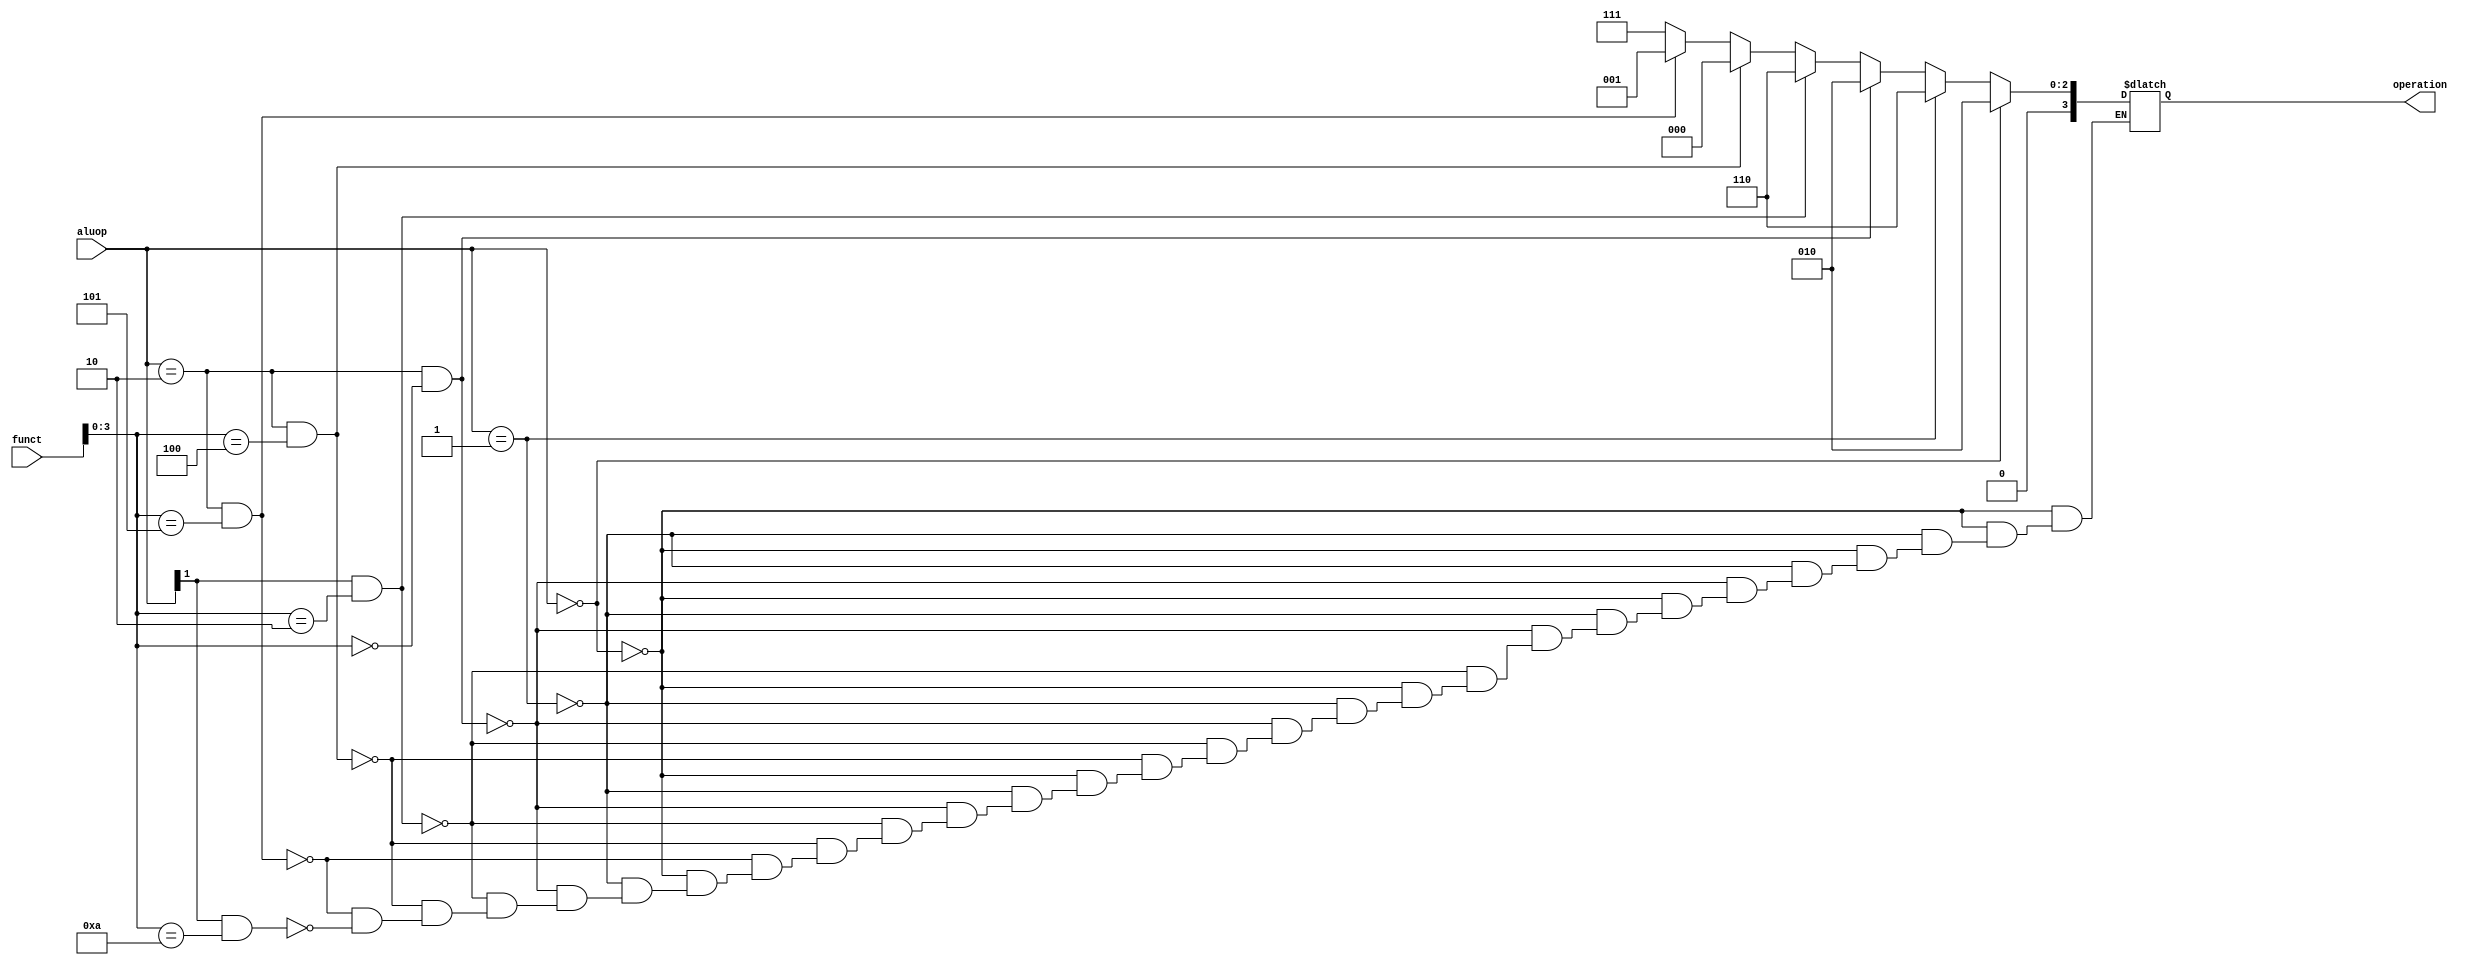
module alu_control(	input[1:0] aluop, 
					input[5:0] funct, 
					output reg[3:0] operation 
				);
				
// These codes and outputs are taken from figure 4.13, P&H.
always @ (aluop or funct) 
begin
    if (aluop == 2'b00)     
		operation = 4'b0010;      // lw, sw, addi -> add
    else if (aluop == 2'b01)    
		operation = 4'b0110;      // branch equal -> sub
    else if (aluop == 2'b10 && funct[3:0] == 4'b0000)
		operation = 4'b0010;      // Rtype -> add
    else if (aluop[1] == 1 && funct[3:0] == 4'b0010)
		operation = 4'b0110;       // Rtype -> sub
    else if (aluop == 2'b10 && funct[3:0] == 4'b0100)
		operation = 4'b0000;      // Rtype -> AND
    else if (aluop == 2'b10 && funct[3:0] == 4'b0101)
		operation = 4'b0001;      // Rtype -> OR
    else if (aluop[1] == 1 && funct[3:0] == 4'b1010)
		operation = 4'b0111;      // Rtype -> set on less than
end

endmodule